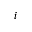
i